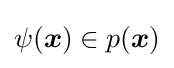
\psi ({\boldsymbol {x}})\in p({\boldsymbol {x}})